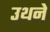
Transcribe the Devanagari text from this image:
उथने